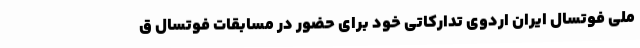
ملی فوتسال ایران اردوی تدارکاتی خود برای حضور در مسابقات فوتسال ق